Indian journal of veterinary science and animal husbandry - Volume 2,
Year: 1932
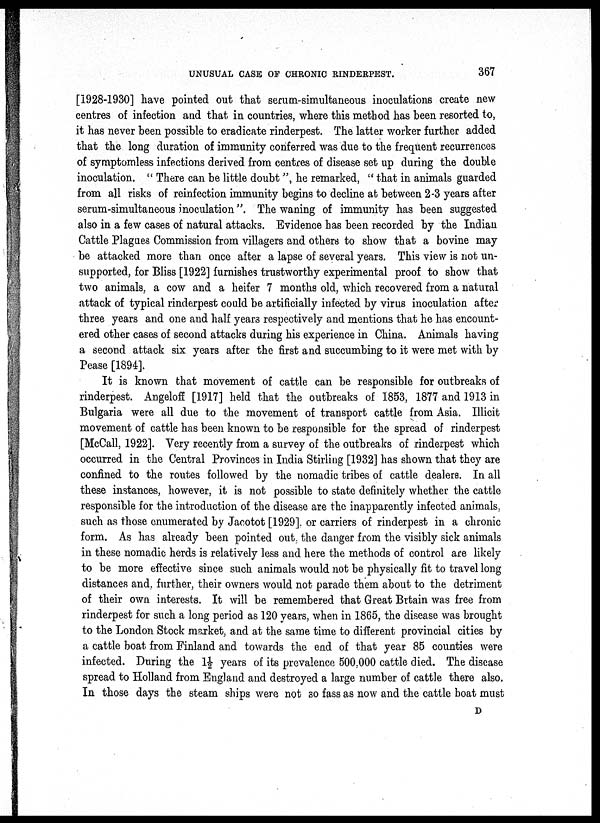
UNUSUAL CASE OF CHRONIC RINDERPEST.
367
[1928-1930] have pointed out that serum-simultaneous inoculations create new
centres of infection and that in countries, where this method has been resorted to,
it has never been possible to eradicate rinderpest. The latter worker further added
that the long duration of immunity conferred was due to the frequent recurrences
of symptomless infections derived from centres of disease set up during the double
inoculation. " There can be little doubt", he remarked, " that in animals guarded
from all risks of reinfection immunity begins to decline at between 2-3 years after
serum-simultaneous inoculation". The waning of immunity has been suggested
also in a few cases of natural attacks. Evidence has been recorded by the Indian
Cattle Plagues Commission from villagers and others to show that a bovine may
be attacked more than once after a lapse of several years. This view is not un-
supported, for Bliss [1922] furnishes trustworthy experimental proof to show that
two animals, a cow and a heifer 7 months old, which recovered from a natural
attack of typical rinderpest could be artificially infected by virus inoculation after
three years and one and half years respectively and mentions that he has encount-
ered other cases of second attacks during his experience in China. Animals having
a second attack six years after the first and succumbing to it were met with by
Pease [1894].
It is known that movement of cattle can be responsible for outbreaks of
rinderpest. Angeloff [1917] held that the outbreaks of 1853, 1877 and 1913 in
Bulgaria were all due to the movement of transport cattle from Asia. Illicit
movement of cattle has been known to be responsible for the spread of rinderpest
[McCall, 1922]. Very recently from a survey of the outbreaks of rinderpest which
occurred in the Central Provinces in India Stirling [1932] has shown that they are
confined to the routes followed by the nomadic tribes of cattle dealers. In all
these instances, however, it is not possible to state definitely whether the cattle
responsible for the introduction of the disease are the inapparently infected animals,
such as those enumerated by Jacotot [1929]. or carriers of rinderpest in a chronic
form. As has already been pointed out, the danger from the visibly sick animals
in these nomadic herds is relatively less and here the methods of control are likely
to be more effective since such animals would not be physically fit to travel long
distances and, further, their owners would not parade them about to the detriment
of their own interests. It will be remembered that Great Brtain was free from
rinderpest for such a long period as 120 years, when in 1865, the disease was brought
to the London Stock market, and at the same time to different provincial cities by
a cattle boat from Finland and towards the end of that year 85 counties were
infected. During the 1½ years of its prevalence 500,000 cattle died. The disease
spread to Holland from England and destroyed a large number of cattle there also.
In those days the steam ships were not so fass as now and the cattle boat must
D